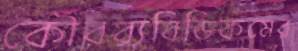
কৌরব্যবিডিকমের